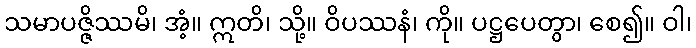
သမာပဇ္ဇိဿမိ၊ အံ့။ ဣတိ၊ သို့။ ဝိပဿနံ၊ ကို။ ပဋ္ဌပေတွာ၊ စေ၍။ ဝါ၊